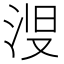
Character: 𱦞